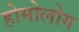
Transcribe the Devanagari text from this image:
होमोलोग